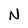
Character: N